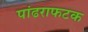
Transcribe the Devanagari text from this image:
पांढराफटक